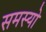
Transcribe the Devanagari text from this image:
समस्यो